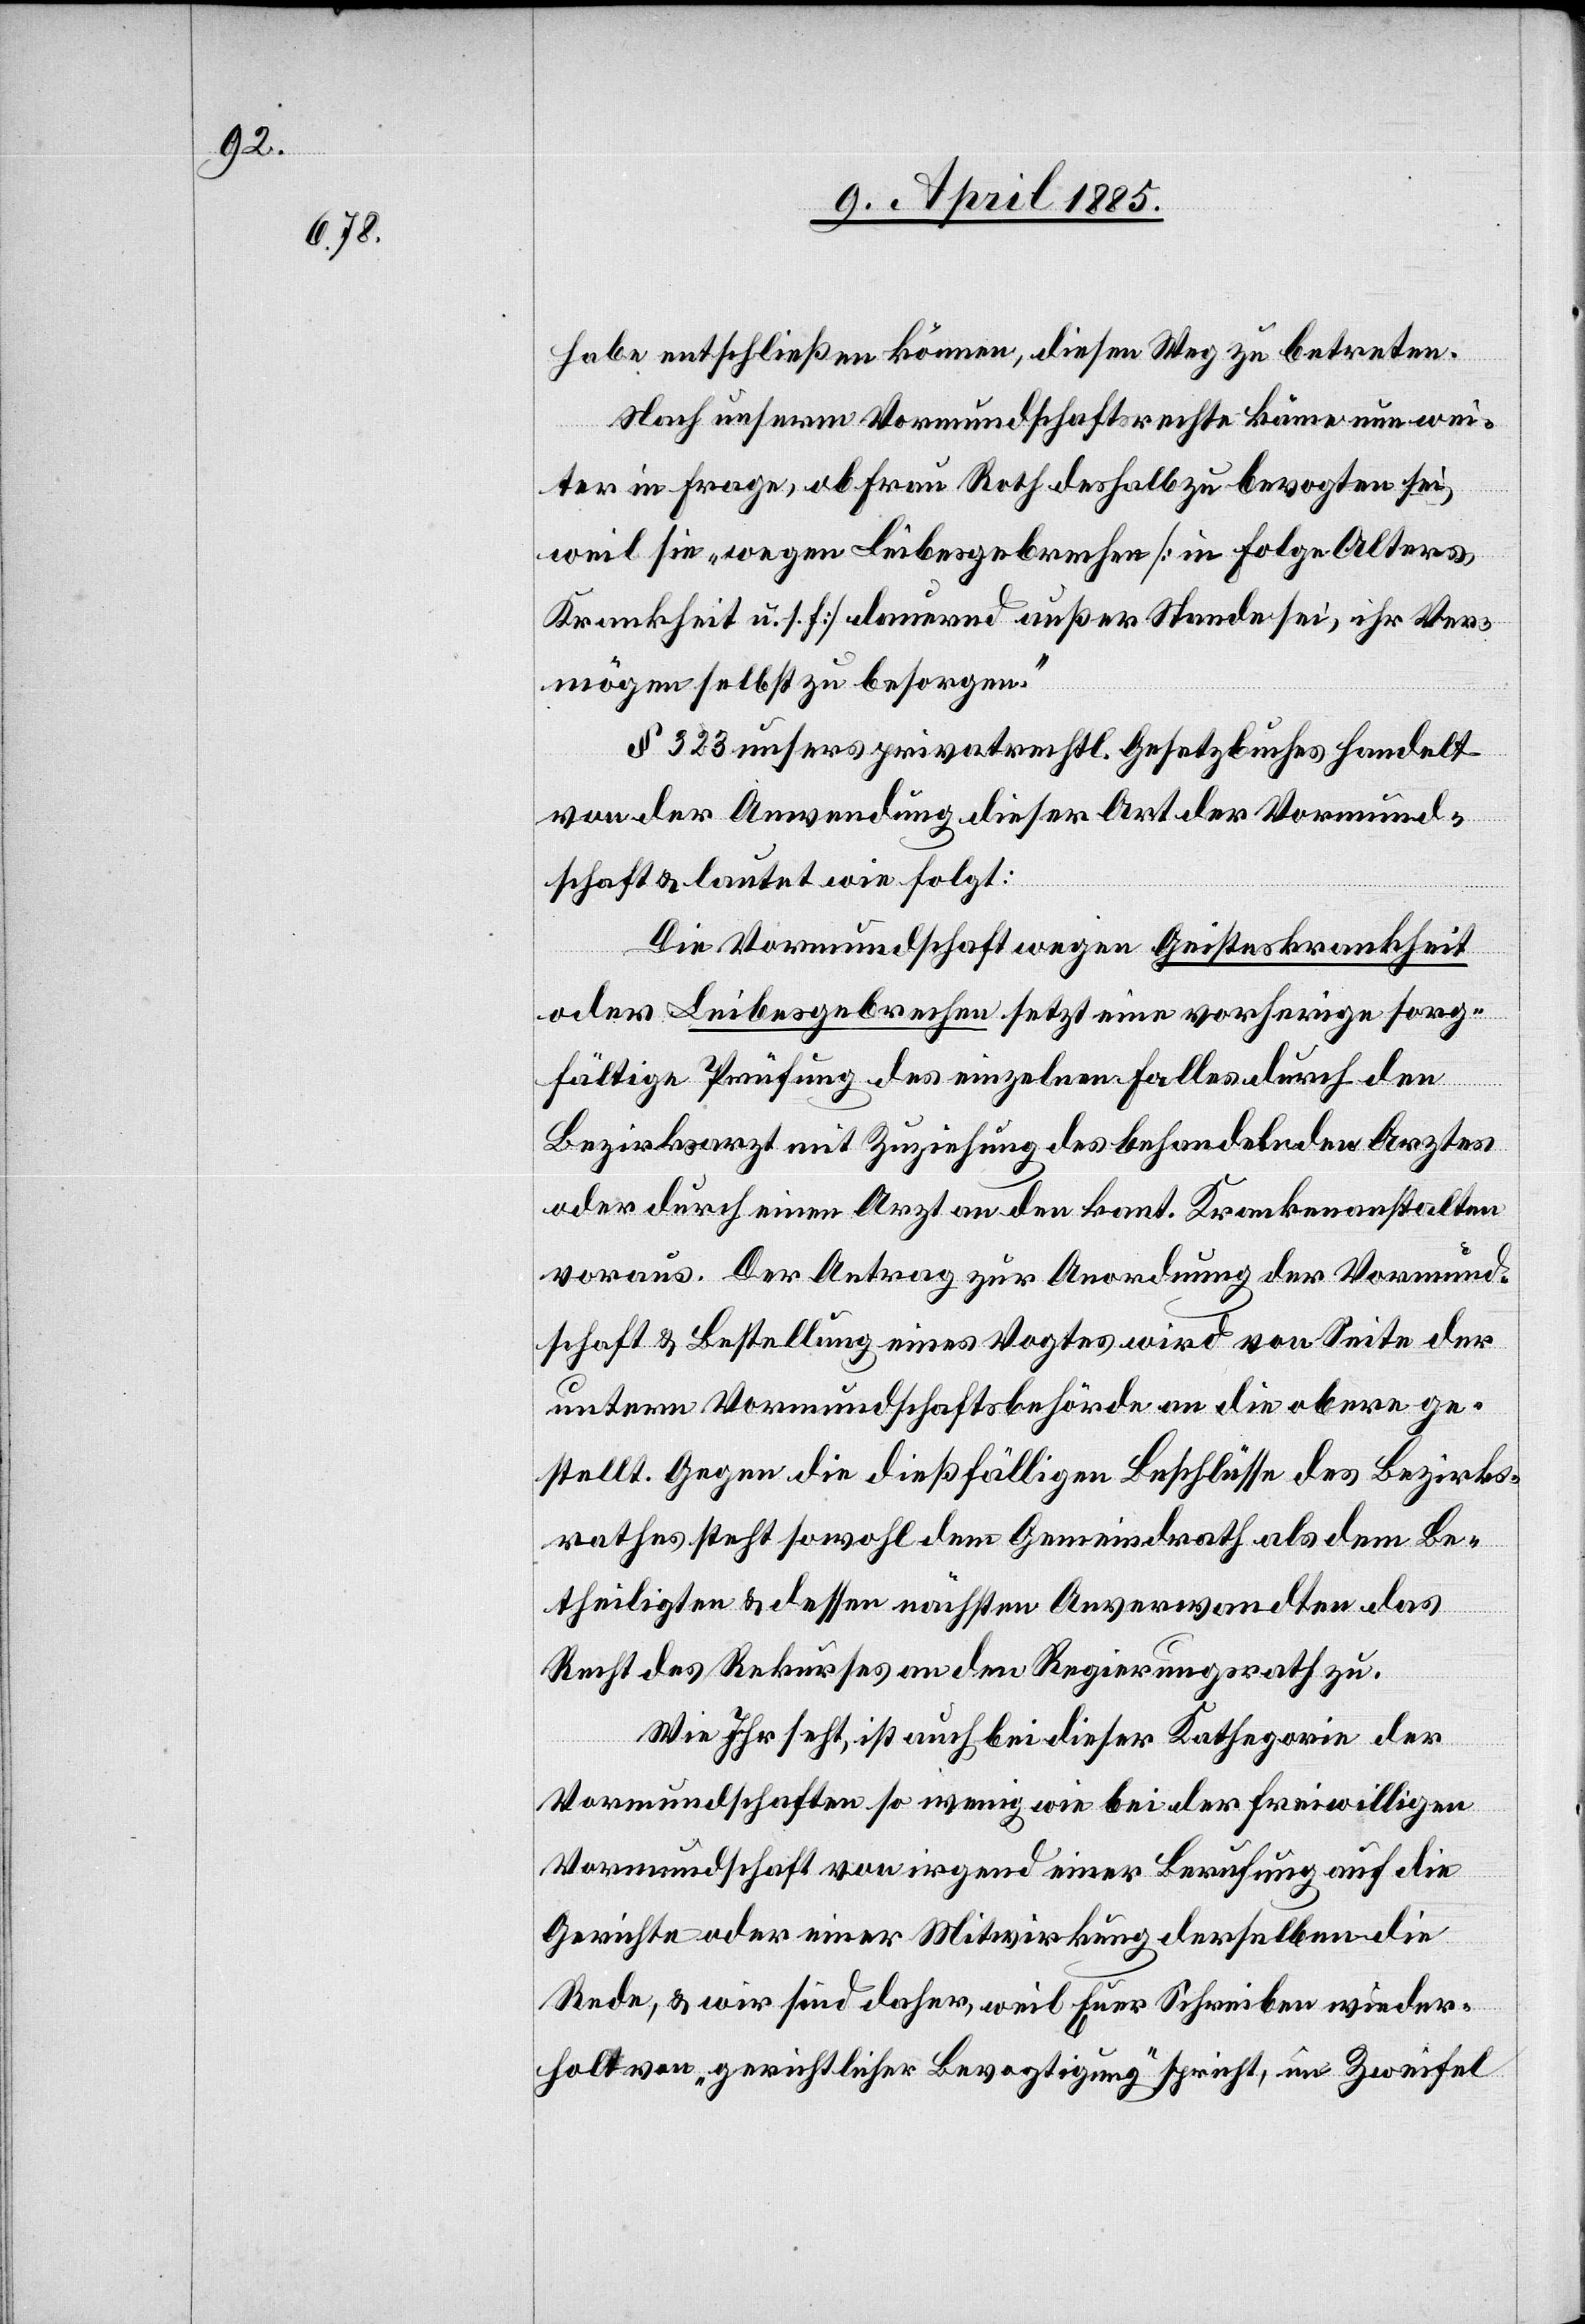
habe entschließen können, diesen Weg zu betreten.
Nach unserm Vormundschaftsrechte käme nun wei¬
ter in Frage, ob Frau Roth deshalb zu bevogtigen sei,
weil sie „wegen Leibesgebrechen [in Folge Alters-K¬
rankheit u. s. f.] dauernd außer Stande sei, ihr Ver¬
mögen selbst zu besorgen.“
§ 323 unser[e]s privatrechtl. Gesetzbuches handelt
von der Anwendung dieser Art der Vormund¬
schaft & lautet wie folgt:
Die Vormundschaft wegen Geisteskrankheit
oder Leibesgebrechen setzt eine vorherige sorg¬
fältige Prüfung des einzelnen Falles durch den
Bezirksarzt mit Zuziehung des behandelnden Arztes
oder durch einen Arzt an den kant. Krankenanstalten
voraus. Der Antrag zur Anordnung der Vormund¬
schaft & Bestellung eines Vogtes wird von Seite der
untern Vormundschaftsbehörde an die obere ge¬
stellt. Gegen die dießfälligen Beschlüsse des Bezirks¬
rathes steht sowohl dem Gemeindrath als dem Be¬
theiligten & dessen nächsten Anverwandten das
Recht des Rekurses an den Regierungsrath zu.
Wie Ihr seht, ist auch bei dieser Kathegorie der
Vormundschaften so wenig wie bei der freiwilligen
Vormundschaft von irgend einer Berufung auf die
Gerichte oder einer Mitwirkung derselben die
Rede, & wir sind daher, weil Euer Schreiben wieder¬
holt von „gerichtlicher Bevogtigung“ spricht, im Zweifel